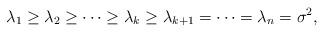
LaTeX: \begin{align*}\lambda_1\geq\lambda_2\geq\cdots\geq\lambda_k\geq\lambda_{k+1}=\cdots=\lambda_n=\sigma^2,\end{align*}